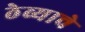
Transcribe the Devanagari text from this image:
ठेव्याचे